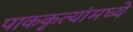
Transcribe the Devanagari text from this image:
पाककृत्यांमध्ये